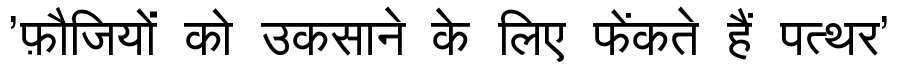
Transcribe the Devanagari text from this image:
'फ़ौजियों को उकसाने के लिए फेंकते हैं पत्थर'